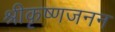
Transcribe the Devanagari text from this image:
श्रीकृष्णजनन